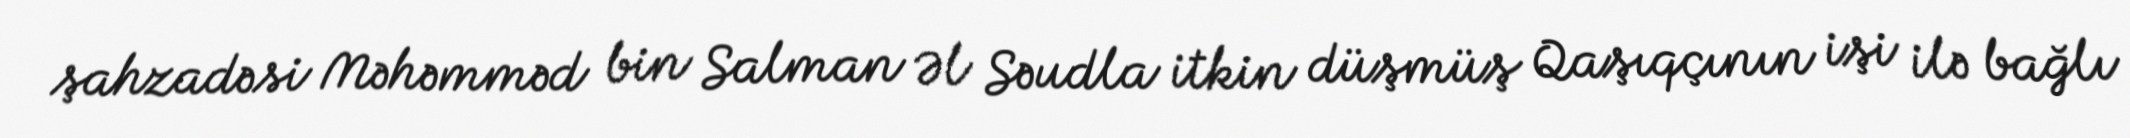
şahzadəsi Məhəmməd bin Salman Əl Səudla itkin düşmüş Qaşıqçının işi ilə bağlı